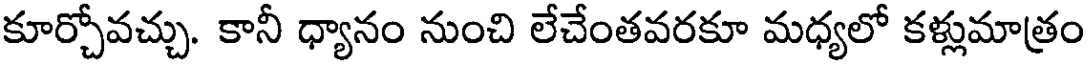
కూర్చోవచ్చు. కానీ ధ్యానం నుంచి లేచేంతవరకూ మధ్యలో కళ్లుమాత్రం